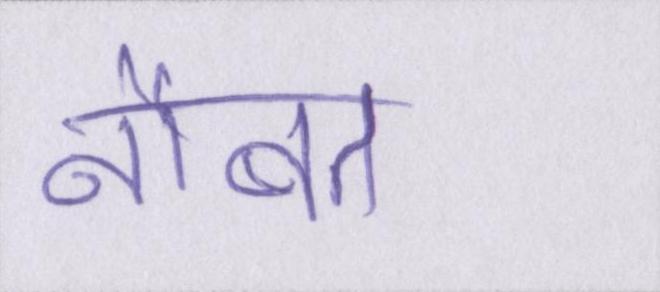
नौबत